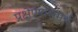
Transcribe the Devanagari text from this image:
प्रक्षेपणसमर्थ